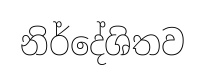
නිර්දේශිතව